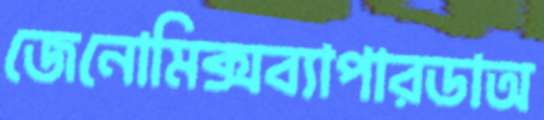
জেনোমিক্সব্যাপারডাঅ